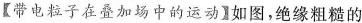
【带电粒子在叠加场中的运动】如图，绝缘粗糙的